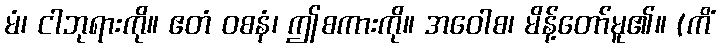
မံ၊ ငါဘုရားကို။ ဧတံ ဝစနံ၊ ဤစကားကို။ အဝေါစ၊ မိန့်တော်မူ၏။ (ကိံ